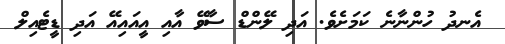
އެނދު ހުންނާނެ ކަމަށެވެ. އަދި ލޭންޑް ސާވޭ އާއި އީއައިއޭ އަދި ޑީޓެއިލް